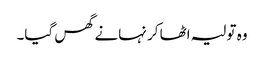
وہ تولیہ اٹھا کر نہانے گھس گیا۔